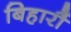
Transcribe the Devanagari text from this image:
बिहारौं